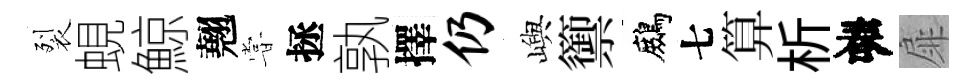
裂蜆鯨翹甞拯孰擇仍嶼籞鷓七算析春扉